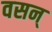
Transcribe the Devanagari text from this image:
वसन्